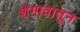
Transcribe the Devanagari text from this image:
शेगावातून